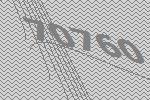
70760